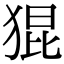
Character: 猑